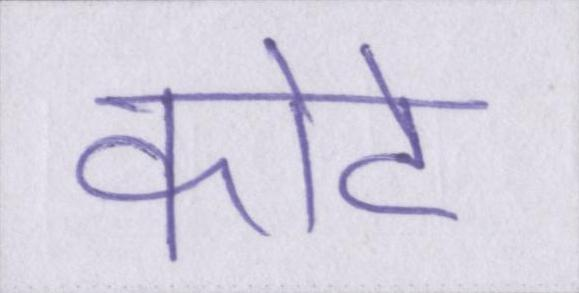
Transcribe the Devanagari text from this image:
कोटे